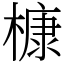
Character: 槺